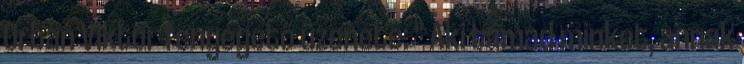
Orbán Viktor fenyegető üzenete: " Aki támad minket, annak